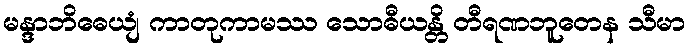
မန္ဒာဘိဓေယျံ ကာတုကာမဿ သောဓီယန္တိ တီရဏဘူတေန သီမာ